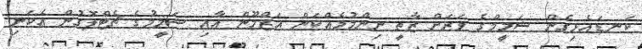
ކަނޑައެޅިގެން ޝަމީމްގެ ވަރަށް ޒާތީ ނިންމުމެއްކަން އަޒްމޫން އާއި ޝަމީމުގެ ޗެޓްލޮގުން އެކަނި